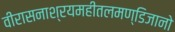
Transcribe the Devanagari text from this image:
वीरासनाश्रयमहीतलमण्डिजानो